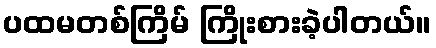
ပထမတစ်ကြိမ် ကြိုးစားခဲ့ပါတယ်။